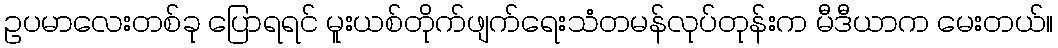
ဥပမာလေးတစ်ခု ပြောရရင် မူးယစ်တိုက်ဖျက်ရေးသံတမန်လုပ်တုန်းက မီဒီယာက မေးတယ်။